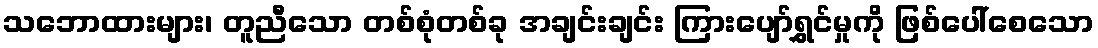
သဘောထားများ၊ တူညီသော တစ်စုံတစ်ခု အချင်းချင်း ကြားပျော်ရွှင်မှုကို ဖြစ်ပေါ်စေသော